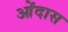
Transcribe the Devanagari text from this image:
ओंदास